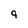
Character: 9